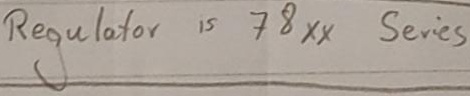
Text: Regulator is 78xx series